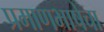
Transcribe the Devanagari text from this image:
प्रमाणभाषेचा